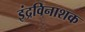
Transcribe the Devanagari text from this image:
इंद्रविनाशक